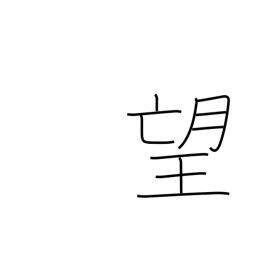
Meaning: ambition